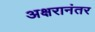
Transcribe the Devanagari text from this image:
अक्षरानंतर